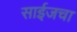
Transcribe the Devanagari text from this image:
साईजचा